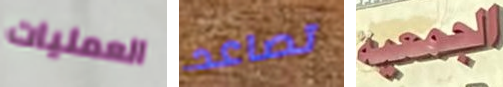
العمليات تصاعد الجمعية